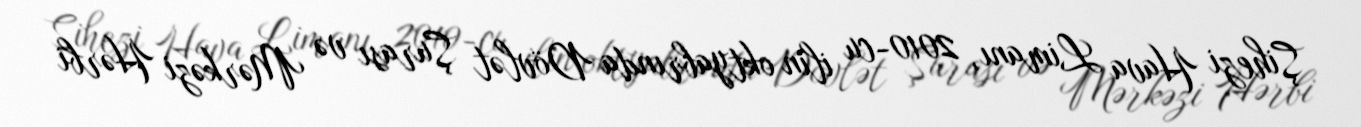
Şihezi Hava Limanı, 2010-cu ilin oktyabrında Dövlət Şurası və Mərkəzi Hərbi